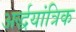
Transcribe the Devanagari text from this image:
अर्द्धयांत्रिक